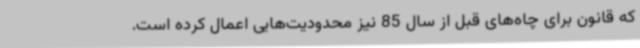
که قانون برای چاه‌های قبل از سال 85 نیز محدودیت‌هایی اعمال کرده است.